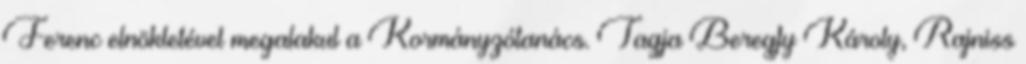
Ferenc elnökletével megalakul a Kormányzótanács. Tagja Beregfy Károly, Rajniss